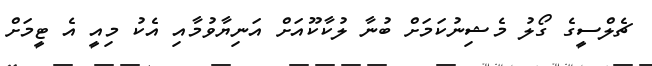
ޗެލްސީގެ ގޯލު މެޝިނުކަމަށް ބުނާ ލުކާކޫއަށް އަނިޔާވުމާއި އެކު މިއީ އެ ޓީމަށް